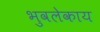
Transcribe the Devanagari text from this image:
भुवलेकाय